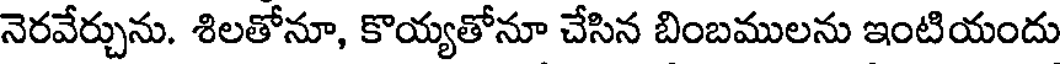
నెరవేర్చును. శిలతోనూ, కొయ్యతోనూ చేసిన బింబములను ఇంటియందు